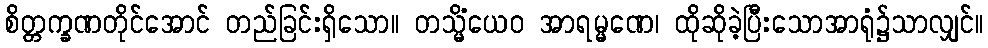
စိတ္တက္ခဏတိုင်အောင် တည်ခြင်းရှိသော။ တသ္မိံယေဝ အာရမ္မဏေ၊ ထိုဆိုခဲ့ပြီးသောအာရုံ၌သာလျှင်။